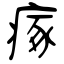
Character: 瘃